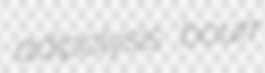
adipolysis bourr